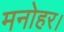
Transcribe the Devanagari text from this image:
मनोहर।